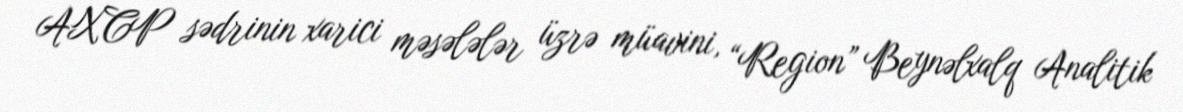
AXCP sədrinin xarici məsələlər üzrə müavini, “Region” Beynəlxalq Analitik